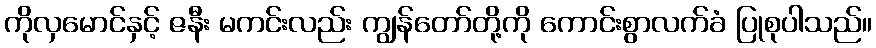
ကိုလှမောင်နှင့် ဇနီး မကင်းလည်း ကျွန်တော်တို့ကို ကောင်းစွာလက်ခံ ပြုစုပါသည်။